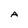
Character: A